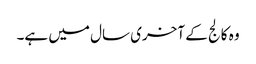
وہ کالج کے آخری سال میں ہے۔